Lunatic asylums Central Provinces reports 1874-1885 - 1874-1885
Year: 1874
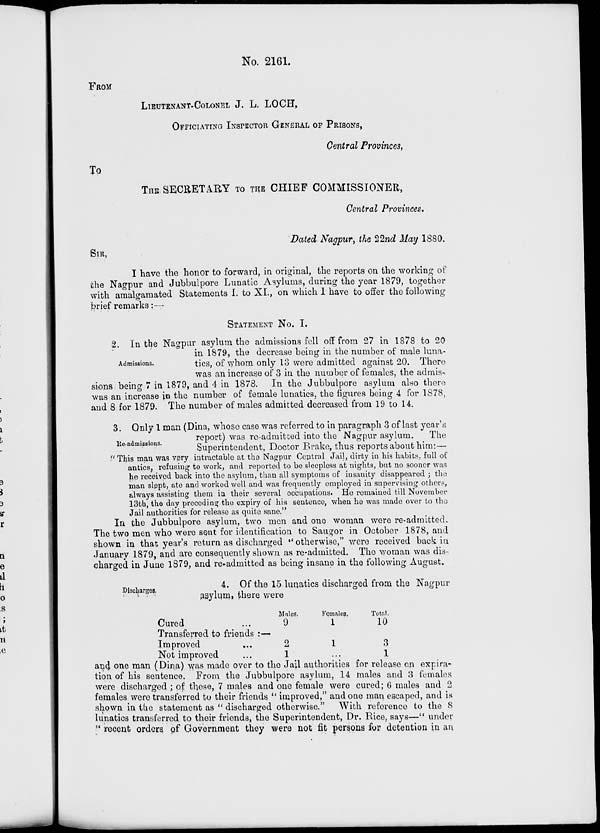
No. 2161.
FROM
LIEUTENANT-COLONEL J. L. LOCH,
OFFICIATING INSPECTOR GENERAL OF PRISONS,
Central Provinces,
To
THE SECRETARY TO THE CHIEF COMMISSIONER,
Central Provinces.
Dated Nagpur, the 22nd May 1880.
SIR,
I have the honor to forward, in original, the reports on the working of
the Nagpur and Jubbulpore Lunatic Asylums, during the year 1879, together
with amalgamated Statements I. to XI., on which I have to offer the following
brief remarks:—
STATEMENT No. I.
Admissions.
2. In the Nagpur asylum the admissions fell off from 27 in 1878 to 20
in 1879, the decrease being in the number of male luna-
tics, of whom only 13 were admitted against 20. There
was an increase of 3 in the number of females, the admis-
sions being 7 in 1879, and 4 in 1878. In the Jubbulpore asylum also there
was an increase in the number of female lunatics, the figures being 4 for 1878,
and 8 for 1879. The number of males admitted decreased from 19 to 14.
Re-admissions.
3. Only 1 man (Dina, whose case was referred to in paragraph 3 of last year's
report) was re-admitted into the Nagpur asylum.
The
Superintendent, Doctor Brake, thus reports about him:—
"This man was very intractable at the Nagpur Central Jail, dirty in his habits, full of
antics, refusing to work, and reported to be sleepless at nights, but no sooner was
he received back into the asylum, than all symptoms of insanity disappeared ; the
man slept, ate and worked well and was frequently employed in supervising others,
always assisting them in their several occupations. He remained till November
13th, the day preceding the expiry of his sentence, when he was made over to the
Jail authorities for release as quite sane."
In the Jubbulpore asylum, two men and one woman were re-admitted.
The two men who were sent for identification to Saugor in October 1878, and
shown in that year's return as discharged " otherwise," were received back in
January 1879, and are consequently shown as re-admitted. The woman was dis-
charged in June 1879, and re-admitted as being insane in the following August.
Discharges.
4. Of the 15 lunatics discharged from the Nagpur
asylum, there were
Cured ...
Transferred to friends :—
Improved ...
Not improved ...
Males.
9
2
1
Females.
1
1
...
Total.
10
3
1
and one man (Dina) was made over to the Jail authorities for release on expira-
tion of his sentence. From the Jubbulpore asylum, 14 males and 3 females
were discharged ; of these, 7 males and one female were cured; 6 males and 2
females were transferred to their friends " improved," and one man escaped, and is
shown in the statement as " discharged otherwise." With reference to the 8
lunatics transferred to their friends, the Superintendent, Dr. Rice, says—" under
" recent orders of Government they were not fit persons for detention in an